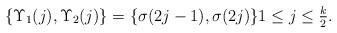
LaTeX: \begin{align*} \{\Upsilon_1(j),\Upsilon_2(j)\} = \{\sigma(2j-1),\sigma(2j)\} 1\le j\le \tfrac k2.\end{align*}